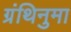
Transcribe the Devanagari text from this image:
ग्रंथिनुमा